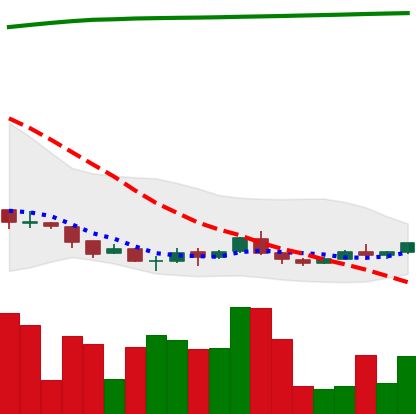
Ticker: ADA-USD
Chart end date: 2018-04-11
Forward return: 54.579%
Label: up_7plus